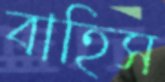
বাহিস